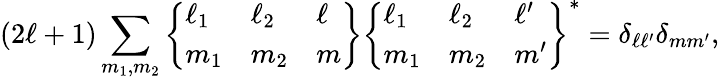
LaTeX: (2\ell+1)\sum_{m_{1},m_{2}}\left\{ \begin{array}{lll}{\ell_{1}}&{\ell_{2}}&{\ell}\\ {m_{1}}&{m_{2}}&{m}\end{array}\right\} \left\{ \begin{array}{lll}{\ell_{1}}&{\ell_{2}}&{\ell^{\prime}}\\ {m_{1}}&{m_{2}}&{m^{\prime}}\end{array}\right\} ^{\ast}=\delta_{\ell\ell^{\prime}}\delta_{mm^{\prime}},